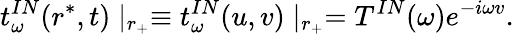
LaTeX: t_{\omega}^{IN}(r^{*},t)\mid_{r_{+}}\equiv t_{\omega}^{IN}(u,v)\mid_{r_{+}}=T^{IN}(\omega)e^{-i\omega v}.